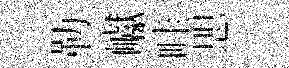
勒巘畦愳